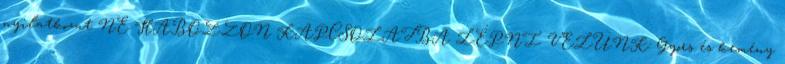
nyilatkozat NE HABOZZON KAPCSOLATBA LÉPNI VELÜNK: Gyors és kemény